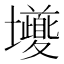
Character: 𭐎